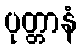
ပုတ္တာနံ